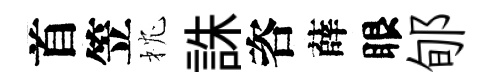
首笠枕誅咨薛眼郇